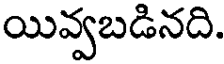
యివ్వబడినది.